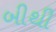
બીથી